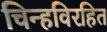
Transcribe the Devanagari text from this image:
चिन्हविरहित